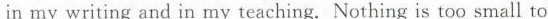
in my writing and in my teaching.Nothing is too small to